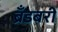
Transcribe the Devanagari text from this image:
ब्रँडबरी